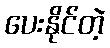
ပေးနိုင်တဲ့